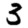
Digit: 3